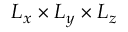
L _ { x } \times L _ { y } \times L _ { z }